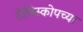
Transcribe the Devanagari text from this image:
टेलिस्कोपच्या